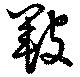
皸